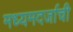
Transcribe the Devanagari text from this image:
मध्यमदर्जाची